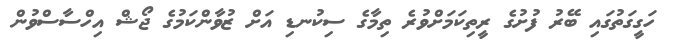
ހަގީގަތުގައި ބޭރު ފުށުގެ ރީތިކަމަށްވުރެ ތިމާގެ ސިކުނޑި އަށް ޒުވާންކަމުގެ ޖޯޝް އިހްސާސްވުން